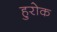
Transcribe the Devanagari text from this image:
हुरोक